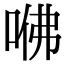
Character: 𠲽